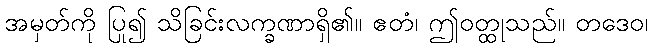
အမှတ်ကို ပြု၍ သိခြင်းလက္ခဏာရှိ၏။ ဧတံ၊ ဤဝတ္ထုသည်။ တဒေဝ၊